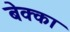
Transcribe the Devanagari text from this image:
बेक्का